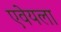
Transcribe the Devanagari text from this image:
एवेयला